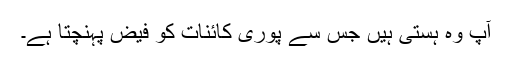
آپؑ وہ ہستی ہیں جس سے پوری کائنات کو فیض پہنچتا ہے۔